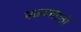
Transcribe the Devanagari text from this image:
मळ्यासाठी